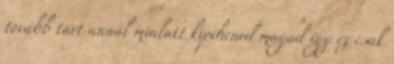
tovább tart annál mialatt kipihened magad így ez csak